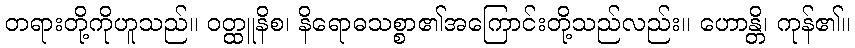
တရားတို့ကိုဟူသည်။ ဝတ္ထူနိစ၊ နိရောဓသစ္စာ၏အကြောင်းတို့သည်လည်း။ ဟောန္တိ၊ ကုန်၏။